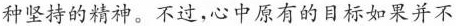
种坚持的精神。不过，心中原有的目标如果并不